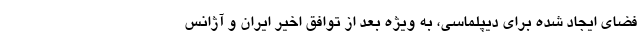
فضای ایجاد شده برای دیپلماسی، به ویژه بعد از توافق اخیر ایران و آژانس